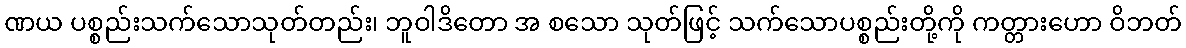
ဏယ ပစ္စည်းသက်သောသုတ်တည်း၊ ဘူဝါဒိတော အ စသော သုတ်ဖြင့် သက်သောပစ္စည်းတို့ကို ကတ္တားဟော ဝိဘတ်